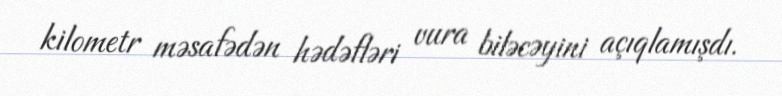
kilometr məsafədən hədəfləri vura biləcəyini açıqlamışdı.